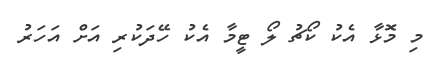
މި މޮޅާ އެކު ކޯޗު ލޯ ޓީމާ އެކު ހޭދަކުރި އަށް އަހަރު